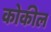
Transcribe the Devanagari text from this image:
कोकील